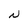
Character: N